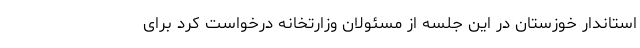
استاندار خوزستان در این جلسه از مسئولان وزارتخانه درخواست کرد برای